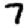
Digit: 7